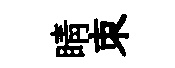
睛朿